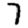
Digit: 7